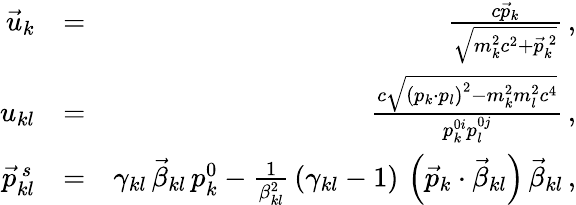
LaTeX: \begin{array}{rlr}{\vec{u}_{k}}&{=}&{\frac{c\vec{p}_{k}}{\sqrt{m_{k}^{2}c^{2}+\vec{p}_{k}^{\, 2}}}\, ,}\\ {u_{kl}}&{=}&{\frac{c\sqrt{\left(p_{k}\cdot p_{l}\right)^{2}-m_{k}^{2}m_{l}^{2}c^{4}}}{p_{k}^{0i}p_{l}^{0j}}\, ,}\\ {\vec{p}_{kl}^{\, s}}&{=}&{\gamma_{kl}\, \vec{\beta}_{kl}\, p_{k}^{0}-\frac{1}{\beta_{kl}^{2}}\, (\gamma_{kl}-1)\, \left(\vec{p}_{k}\cdot\vec{\beta}_{kl}\right)\, \vec{\beta}_{kl}\, ,}\end{array}